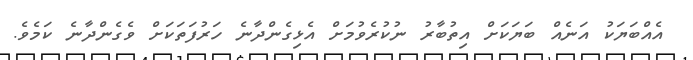
އެއްބަޔަކު އަނެއް ބަޔަކަށް އިތުބާރު ނުކުރެވުމަށް އެޅިގެންދާނެ ހަރުފަތަކަށް ވެގެންދާނެ ކަމެވެ.